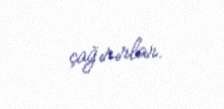
çağırırlar.